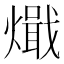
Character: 𰟧